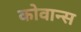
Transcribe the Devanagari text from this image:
कोवान्स